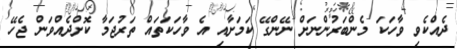
ދެއްކެވި ވާހަކަ މެންބަރުންނަށް ނޭންގޭ ކަމަށާއި އެ ވާހަކަތައް ތަރުޖަމާ ކޮށްދެއްވަން ޖެހޭ